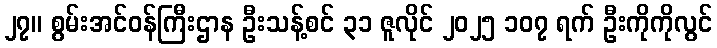
၂၇။ စွမ်းအင်ဝန်ကြီးဌာန ဦးသန့်စင် ၃၁ ဇူလိုင် ၂၀၂၅ ၁၀၇ ရက် ဦးကိုကိုလွင်